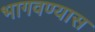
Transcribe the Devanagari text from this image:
भागवण्यास